Report on horse surra - Volume I
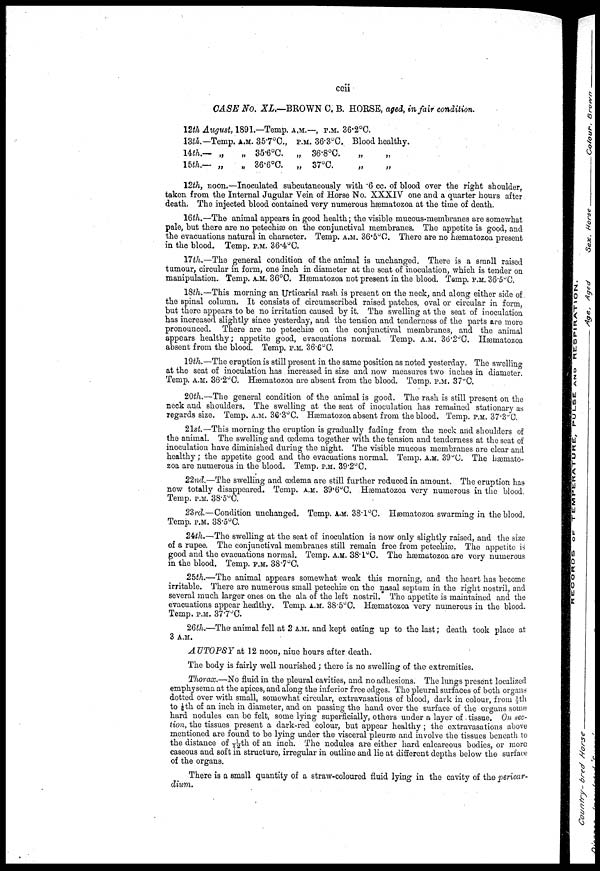
ccii
CASE No. XL.—BROWN C. B. HORSE, aged, in fair condition.
12th August,
13th.—
14th.—
15th.—
Temp.
„
„
1891.
A.M.
„
„
—Temp.
35.7°C.,
35.6°C.
36.6°C.
A.M.
P.M.
„
„
—, P.M.
36.3.°C.
36.8°C.
37°C.
36.2°C.
Blood
„
„
healthy.
„
„
12th, noon.—Inoculated subcutaneously with .6 cc. of blood over the right shoulder,
taken from the Internal Jugular Vein of Horse No. XXXIV one and a quarter hours after
death. The injected blood contained very numerous hæmatozoa at the time of death.
16th.—The animal appears in good health; the visible mucous-membranes are somewhat
pale, but there are no petechiæ on the conjunctival membranes. The appetite is good, and
the evacuations natural in character. Temp. A.M. 36 . 5°C. There are no hæmatozoa present
in the blood. Temp. P.M. 36.4°C.
17th.—The general condition of the animal is unchanged. There is a small raised
tumour, circular in form, one inch in diameter at the seat of inoculation, which is tender on
manipulation. Temp. A.M. 36°C. Hæmatozoa not present in the blood. Temp. P.M.36.5°C.
18th.—This morning an Urticarial rash is present on the neck, and along either side of
the spinal column. It consists of circumscribed raised patches, oval or circular in form,
but there appears to be no irritation caused by it. The swelling at the seat of inoculation
has increased slightly since yesterday, and the tension and tenderness of the parts are more
pronounced. There are no petechiæ on the conjunctival membranes, and the animal
appears healthy; appetite good, evacuations normal. Temp. A.M. 36.2°C. Hæmatozoa
absent from the blood. Temp. P.M. 36.6°C.
19th.—The eruption is still present in the same position as noted yesterday. The swelling
at the seat of inoculation has . increased in size and now measures two inches in diameter.
Temp. A.M. 36.2°C. Hæmatozoa are absent from the blood. Temp. P.M. 37°C.
20th.—The general condition of the animal is good. The rash is still present on the
neck and shoulders. The swelling at the seat of inoculation has remained stationary as
regards size. Temp. A.M. 36.3°C. Hæmatozoa absent from the blood. Temp. P.M. 37 . 3°C.
21st.—This morning the eruption is gradually fading from the neck and shoulders of
the animal. The swelling and œdema together with the tension and tenderness at the seat of
inoculation have diminished during the night. The visible mucous membranes are clear and
healthy; the appetite good and the evacuations normal. Temp. A.M. 39°C. The hæmato-
zoa are numerous in the blood. Temp. P.M. 39.2°C.
22nd.—The swelling and œdema are still further reduced in amount. The eruption has
now totally disappeared. Temp. A.M. 39 . 6°C. Hæmatozoa very numerous in the blood.
Temp. P.M. 38.5°C.
23rd.—Condition unchanged. Temp. A.M. 38.1°C. Hæmatozoa swarming in the blood.
Temp. P.M. 38.5°C.
24th.—The swelling at the seat of inoculation is now only slightly raised, and the size
of a rupee. The conjunctival membranes still remain free from petechiæ. The appetite is
good and the evacuations normal. Temp. A.M. 38.1°C. The hæmatozoa are very numerous
in the blood. Temp. P.M. 38.7°C.
25th.—The animal appears somewhat weak this morning, and the heart has become
irritable. There are numerous small petechiæ on the nasal septum in the right nostril, and
several much larger ones on the ala of the left nostril. The appetite is maintained and the
evacuations appear healthy. Temp. A.M. 38.5°C. Hæmatozoa very numerous in the blood.
Temp. P.M. 37.7°C.
26th.—The animal fell at 2 A.M. and kept eating up to the last; death took place at
3 A.M.
AUTOPSY at 12 noon, nine hours after death.
The body is fairly well nourished; there is no swelling of the extremities.
Thorax.—No fluid in the pleural cavities, and no adhesions. The lungs present localized
emphysema at the apices, and along the inferior free edges. The pleural surfaces of both organs
dotted over with small, somewhat circular, extravasations of blood, dark in colour, from 1/5th
to 1/8th of an inch in diameter, and on passing the hand over the surface of the organs some
hard nodules can be felt, some lying superficially, others under a layer of , tissue. On sec-
tion, the tissues present a dark-red colour, but appear healthy ; the extravasations above
mentioned are found to be lying under the visceral pleuræ and involve the tissues beneath to
the distance of 1/12 th of an inch. The nodules are either hard calcareous bodies, or more
caseous and soft in structure, irregular in outline and lie at different depths below the surface
of the organs.
There is a small quantity of a straw-coloured fluid lying in the cavity of the pericar-
dium.